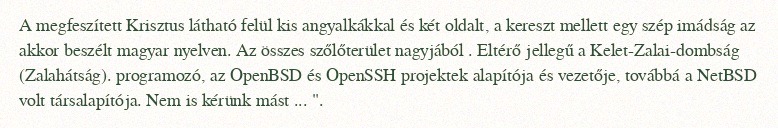
A megfeszített Krisztus látható felül kis angyalkákkal és két oldalt, a kereszt mellett egy szép imádság az akkor beszélt magyar nyelven. Az összes szőlőterület nagyjából . Eltérő jellegű a Kelet-Zalai-dombság (Zalahátság). programozó, az OpenBSD és OpenSSH projektek alapítója és vezetője, továbbá a NetBSD volt társalapítója. Nem is kérünk mást ... ".